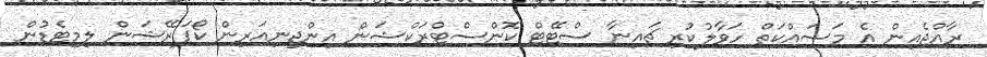
ރާއްޖެއިން އެ މަސައްކަތް ހަވާލުކުރި ޗައިނާ ސްޓޭޓް ކޮންސްޓްރަކްޝަން އިންޖިނިއަރިން ކޯޕަރޭޝަން ލިމިޓެޑުން